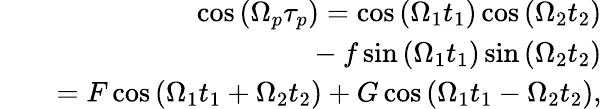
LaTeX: \begin{array}{rlr}&{}&{\cos{\left({\Omega}_{p}\tau_{p}\right)}=\cos{\left(\Omega_{1}t_{1}\right)}\cos{\left(\Omega_{2}t_{2}\right)}}\\ &{}&{~~~~~~~~~~~~~~~-f\sin{\left(\Omega_{1}t_{1}\right)}\sin{\left(\Omega_{2}t_{2}\right)}}\\ &{}&{=F\cos{\left(\Omega_{1}t_{1}+\Omega_{2}t_{2}\right)}+G\cos{\left(\Omega_{1}t_{1}-\Omega_{2}t_{2}\right)},}\end{array}